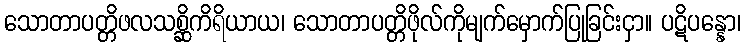
သောတာပတ္တိဖလသစ္ဆိကိရိယာယ၊ သောတာပတ္တိဖိုလ်ကိုမျက်မှောက်ပြုခြင်းငှာ။ ပဋိပန္နော၊